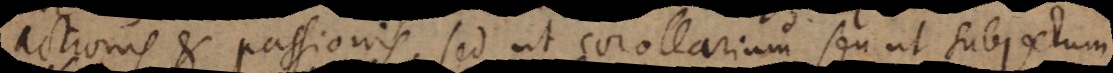
actionis et passionis, sed ut corollarium seu ut subjectum